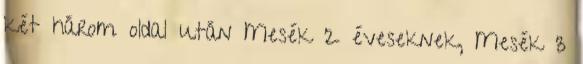
két három oldal után Mesék 2 éveseknek, Mesék 3